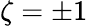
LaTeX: \zeta=\pm 1